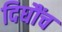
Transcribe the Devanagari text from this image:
दिघौंच